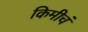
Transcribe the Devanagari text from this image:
किमीचं